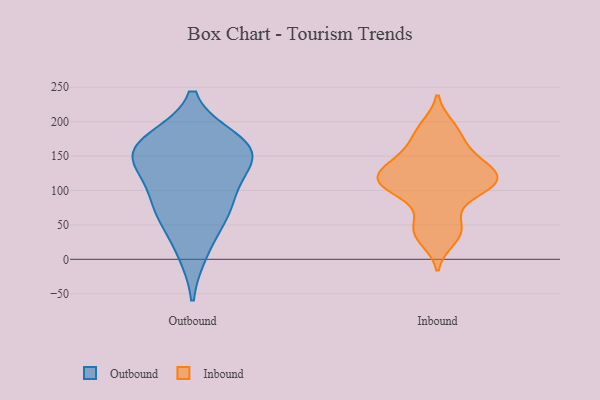
{"axis": {"x": "Budget (USD K)", "y": "Value"}, "legend": ["Inbound", "Outbound"], "data": [{"x": "", "y": 162, "type": "Outbound"}, {"x": "", "y": 87, "type": "Outbound"}, {"x": "", "y": 155, "type": "Outbound"}, {"x": "", "y": 71, "type": "Outbound"}, {"x": "", "y": 172, "type": "Outbound"}, {"x": "", "y": 126, "type": "Outbound"}, {"x": "", "y": 148, "type": "Outbound"}, {"x": "", "y": 67, "type": "Outbound"}, {"x": "", "y": 160, "type": "Outbound"}, {"x": "", "y": 12, "type": "Outbound"}, {"x": "", "y": 124, "type": "Inbound"}, {"x": "", "y": 147, "type": "Inbound"}, {"x": "", "y": 117, "type": "Inbound"}, {"x": "", "y": 117, "type": "Inbound"}, {"x": "", "y": 93, "type": "Inbound"}, {"x": "", "y": 40, "type": "Inbound"}, {"x": "", "y": 143, "type": "Inbound"}, {"x": "", "y": 111, "type": "Inbound"}, {"x": "", "y": 193, "type": "Inbound"}, {"x": "", "y": 112, "type": "Inbound"}, {"x": "", "y": 187, "type": "Inbound"}, {"x": "", "y": 29, "type": "Inbound"}, {"x": "", "y": 98, "type": "Inbound"}, {"x": "", "y": 42, "type": "Inbound"}, {"x": "", "y": 111, "type": "Inbound"}, {"x": "", "y": 124, "type": "Inbound"}, {"x": "", "y": 57, "type": "Inbound"}, {"x": "", "y": 148, "type": "Inbound"}, {"x": "", "y": 173, "type": "Inbound"}]}